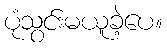
ပုံသွင်းမယူခဲ့ပေ။